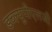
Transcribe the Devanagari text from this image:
डब्ल्यूपीएलजी